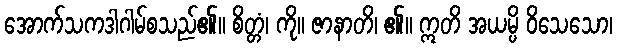
အောက်သကဒါဂါမ်စသည်၏။ စိတ္တံ၊ ကို။ ဇာနာတိ၊ ၏။ ဣတိ အယမ္ပိ ဝိသေသော၊